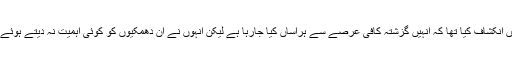
انہوں نے رپورٹ میں انکشاف کیا تھا کہ انہیں گزشتہ کافی عرصے سے ہراساں کیا جارہا ہے لیکن انہوں نے ان دھمکیوں کو کوئی اہمیت نہ دیتے ہوئے نظر انداز کردیا تھا۔